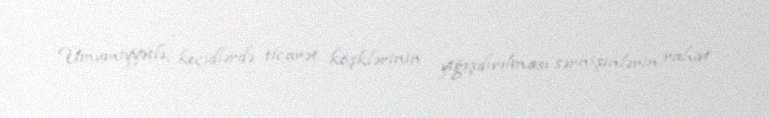
Ümumiyyətlə, keçidlərdə ticarət köşklərinin yığışdırılması sərnişinlərin rahat